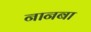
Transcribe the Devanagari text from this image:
नानबा